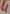
Text: 4